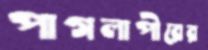
পাগলাপীরের